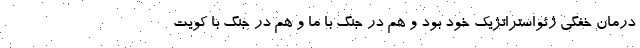
درمان خفگي ژئواستراتژيك خود بود و هم در جنگ با ما و هم در جنگ با كويت